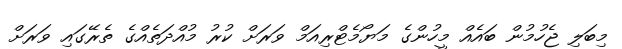
މިބަލި ޖެހުމުން ބައެއް މީހުންގެ މަޔޯމެޓްރިއަމް ވަރަށް ކުރު މުއްދަތެއްގެ ތެރޭގައި ވަރަށް